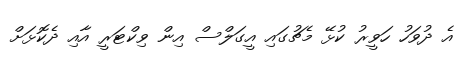
އެ ދުވަހު ހަވީރު ކުޅޭ މެޗުގައި އީގަލްސް އިން ވިކްޓަރީ އާއި ދެކޮޅަށް